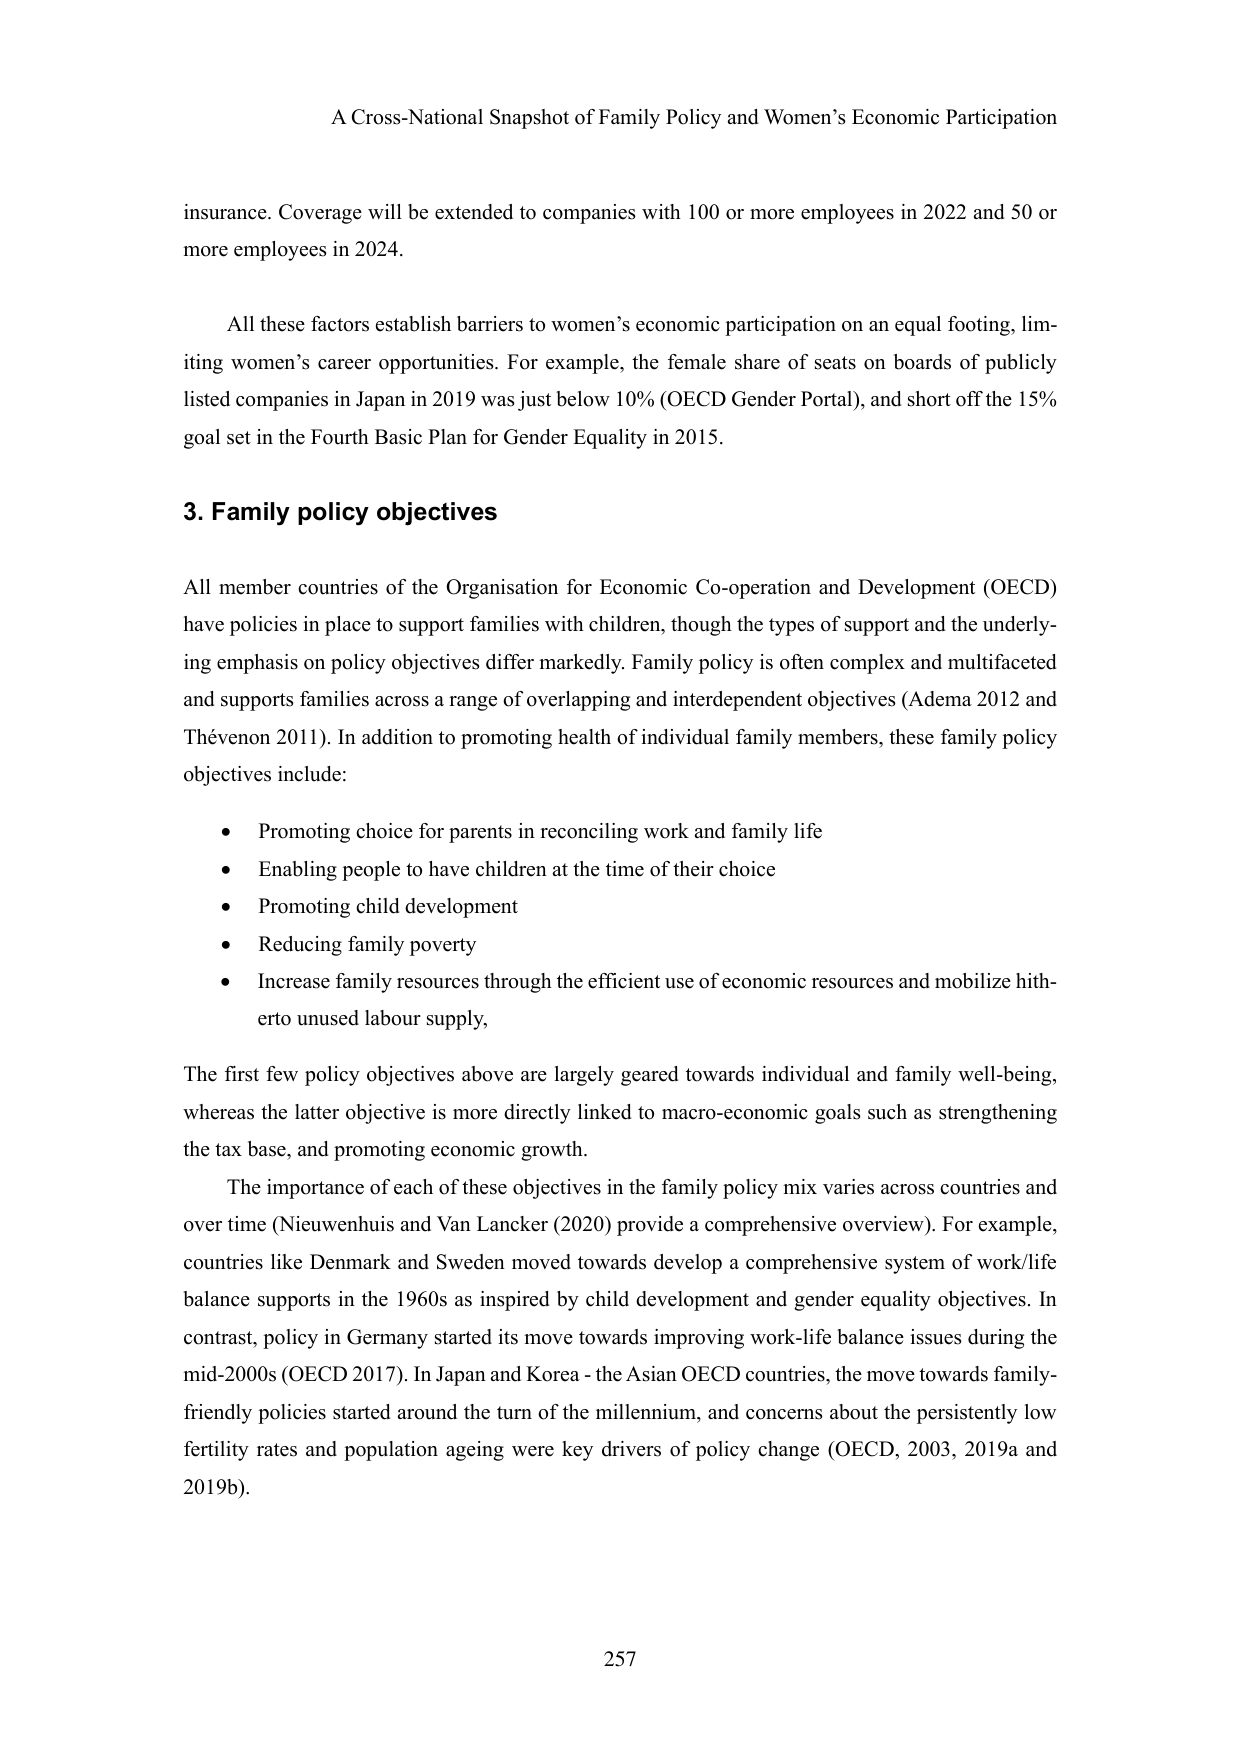
A Cross-National Snapshot of Family Policy and Women’s Economic Participation

insurance. Coverage will be extended to companies with 100 or more employees in 2022 and 50 or more employees in 2024.

All these factors establish barriers to women’s economic participation on an equal footing, limiting women’s career opportunities. For example, the female share of seats on boards of publicly listed companies in Japan in 2019 was just below 10% (OECD Gender Portal), and short off the 15% goal set in the Fourth Basic Plan for Gender Equality in 2015.

3. Family policy objectives

All member countries of the Organisation for Economic Co-operation and Development (OECD) have policies in place to support families with children, though the types of support and the underlying emphasis on policy objectives differ markedly. Family policy is often complex and multifaceted and supports families across a range of overlapping and interdependent objectives (Adema 2012 and Thévenon 2011). In addition to promoting health of individual family members, these family policy objectives include:

• Promoting choice for parents in reconciling work and family life
• Enabling people to have children at the time of their choice
• Promoting child development
• Reducing family poverty
• Increase family resources through the efficient use of economic resources and mobilize hitherto unused labour supply,

The first few policy objectives above are largely geared towards individual and family well-being, whereas the latter objective is more directly linked to macro-economic goals such as strengthening the tax base, and promoting economic growth.

The importance of each of these objectives in the family policy mix varies across countries and over time (Nieuwenhuis and Van Lancker (2020) provide a comprehensive overview). For example, countries like Denmark and Sweden moved towards develop a comprehensive system of work/life balance supports in the 1960s as inspired by child development and gender equality objectives. In contrast, policy in Germany started its move towards improving work-life balance issues during the mid-2000s (OECD 2017). In Japan and Korea - the Asian OECD countries, the move towards family-friendly policies started around the turn of the millennium, and concerns about the persistently low fertility rates and population ageing were key drivers of policy change (OECD, 2003, 2019a and 2019b).

257